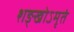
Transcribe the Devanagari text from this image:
शङ्खोऽमृतं